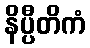
နိပ္ပီတိကံ